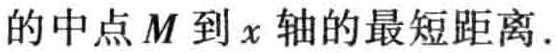
的中点\(M\)到\(x\)轴的最短距离.